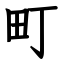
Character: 町